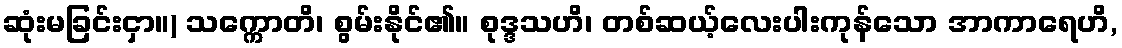
ဆုံးမခြင်းငှာ။) သက္ကောတိ၊ စွမ်းနိုင်၏။ စုဒ္ဒသဟိ၊ တစ်ဆယ့်လေးပါးကုန်သော အာကာရေဟိ,